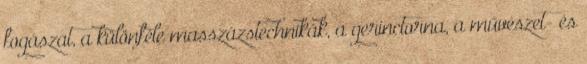
fogászat, a különféle masszázstechnikák, a gerinctorna, a művészet- és